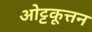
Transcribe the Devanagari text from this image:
ओट्टकूत्तन